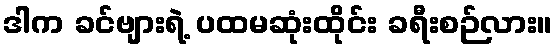
ဒါက ခင်ဗျားရဲ့ ပထမဆုံးထိုင်း ခရီးစဉ်လား။